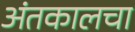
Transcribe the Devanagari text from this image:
अंतकालचा